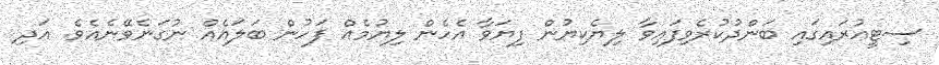
ސިޓީއުރައިގައި ބަންދުކުރެވިފައިވާ ލިޔެކިޔުން ފިޔަވާ އެހެން ލިޔުމެއް ފަހުން ބަލައެއް ނުގަނެވޭނެއެވެ. އަދި